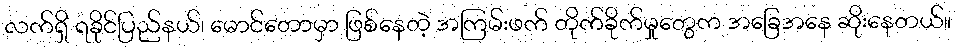
လက်ရှိ ရခိုင်ပြည်နယ်၊ မောင်တောမှာ ဖြစ်နေတဲ့ အကြမ်းဖက် တိုက်ခိုက်မှုတွေက အခြေအနေ ဆိုးနေတယ်။